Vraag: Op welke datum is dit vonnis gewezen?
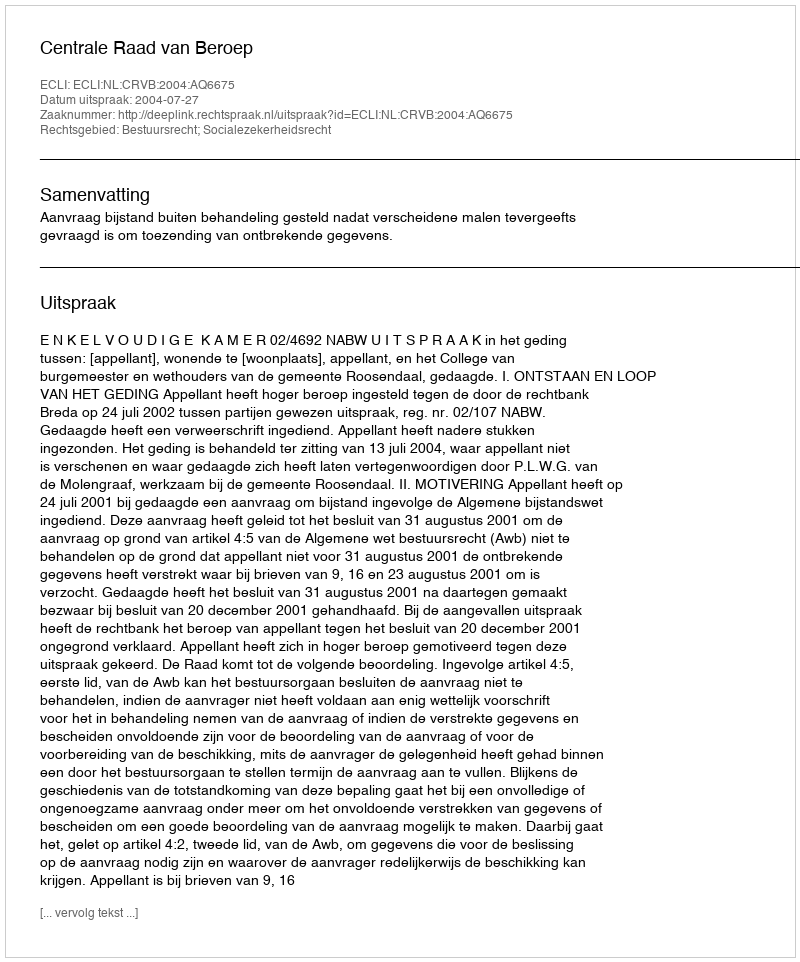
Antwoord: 2004-07-27